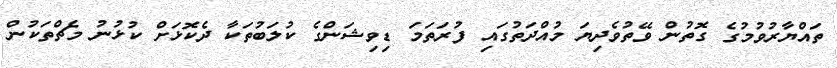
ތައްޔާރުވުމުގެ ގޮތުން ވޭތުވެދިޔަ މުއްދަތުގައި ފުރަތަމަ ޑިވިޝަންގެ ކުލަބުތަކާ ދެކޮޅަށް ކުޅުނު މެޗްތަކުން